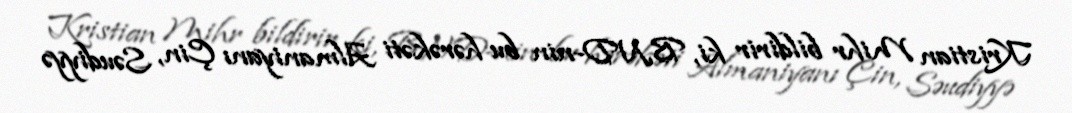
Kristian Mihr bildirir ki, BND-nin bu hərəkəti Almaniyanı Çin, Səudiyyə